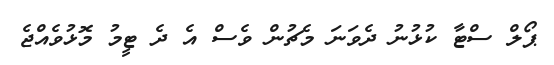
ޕޯލް ސްޓާ ކުޅުނު ދެވަނަ މެޗުން ވެސް އެ ދެ ޓީމު މޮޅުވެއްޖެ